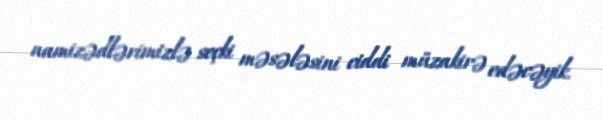
namizədlərimizlə seçki məsələsini ciddi müzakirə edəcəyik.